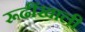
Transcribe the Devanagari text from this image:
रूढींखाली